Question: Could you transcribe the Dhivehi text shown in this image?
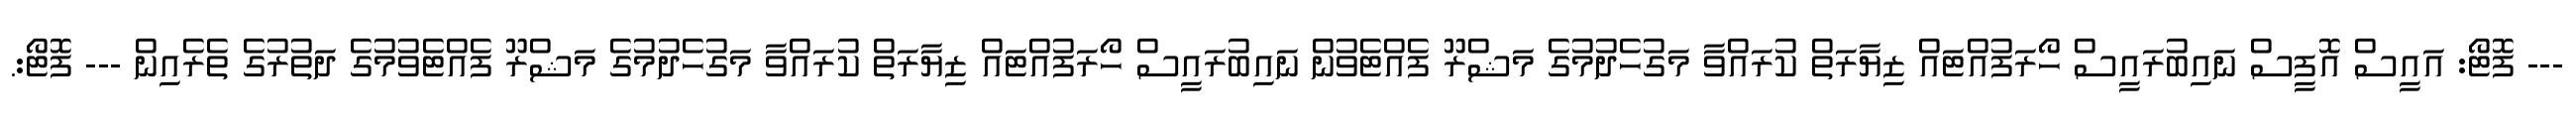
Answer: --- ފޮޓޯ: އައީސް އޮފީސް ނައިބުރައީސް ހޯރަފުއްޓައް ޒިޔާރަތް ކުރައްވާ މަގުހެދުމުގެ މަޝްރޫ ފެއްޓެވުން ނައިބުރައީސް ހޯރަފުއްޓައް ޒިޔާރަތް ކުރައްވާ މަގުހެދުމުގެ މަޝްރޫ ފެއްޓެވުމުގެ ދަތުރުގެ ތެރެއިން --- ފޮޓޯ:.